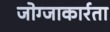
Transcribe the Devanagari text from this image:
जोग्जाकार्रता